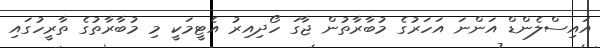
އައިސްލެންޑް އަންނަ އަހަރުގެ މުބާރާތުން ޖާގަ ހޯދިއިރު އެޓީމަކީ މި މުބާރާތުގެ ތާރީހުގައި